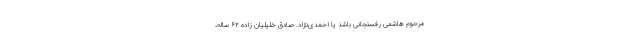
مرحوم هاشمی رفسنجانی باشد یا احمدی‌نژاد. صادق خلیلیان زاده ۶۲ ساله،